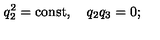
q _ { 2 } ^ { 2 } = \mathrm { c o n s t } , \quad q _ { 2 } q _ { 3 } = 0 { ; }